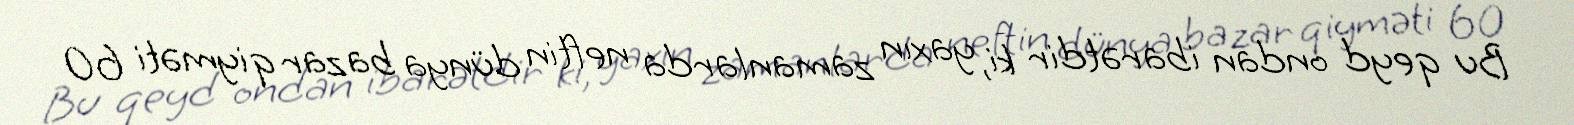
Bu qeyd ondan ibarətdir ki, yaxın zamanlarda neftin dünya bazar qiyməti 60